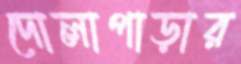
দোলাপাড়ার